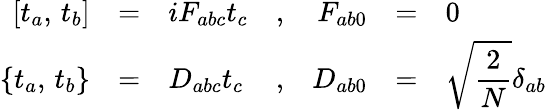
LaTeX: \begin{array}{rclcrcl}{{\displaystyle[t_{a},\, t_{b}]}}&{{=}}&{{iF_{abc}t_{c}}}&{{,}}&{{F_{ab0}}}&{{=}}&{{0}}\\ {{\displaystyle\{ t_{a},\, t_{b}\} }}&{{=}}&{{D_{abc}t_{c}}}&{{,}}&{{D_{ab0}}}&{{=}}&{{\displaystyle\sqrt{\frac{2}{N}}\delta_{ab}}}\end{array}